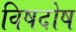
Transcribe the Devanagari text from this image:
विषदोष